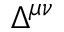
\Delta ^ { \mu \nu }